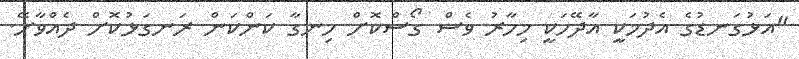
"އަޅުގަނޑުގެ އެދުމަކީ އާދޭހަކީ މިހާރު ވެސް ގޯސްކޮށް ހިނގާ ކަންކަން ރަނގަޅުކޮށް ދެއްވާށޭ.